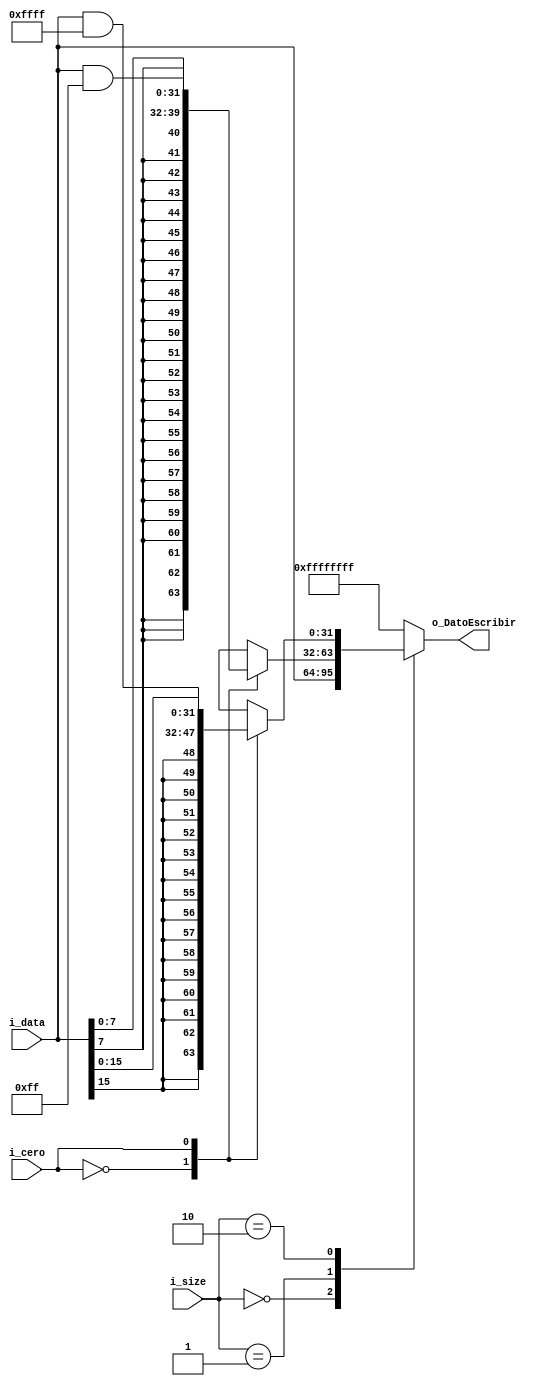
`timescale 1ns / 1ps


module Filtro_Load
    #(
        parameter   NBITS           =   32,
        parameter   HWORDBITS       =   16,
        parameter   BYTENBITS       =   8,
        parameter   TNBITS          =   2   
    )
    (
        input   wire    [NBITS-1    :0]     i_data,
        input   wire    [TNBITS-1   :0]     i_size,
        input   wire                        i_cero, //Zero_Extend es un flag para decir si es Unsigned
        output  wire    [NBITS-1    :0]     o_DatoEscribir            
    );
    
    reg [NBITS-1    :0] DatoEscribir           ;

    
    always @(*)
    begin : Tamano
            case(i_size)
                2'b00       :       
                                    DatoEscribir   <=   i_data;
                2'b01   :
                    case(i_cero)
                        1'b0:       DatoEscribir   <=   {{HWORDBITS+BYTENBITS{i_data[BYTENBITS-1]}}, i_data[BYTENBITS-1:0]};
                        1'b1:       DatoEscribir   <=   i_data & 32'b00000000_00000000_00000000_11111111;      
                    endcase
                2'b10    :
                    case(i_cero)
                        1'b0:       DatoEscribir   <=   {{HWORDBITS{i_data[HWORDBITS-1]}}, i_data[HWORDBITS-1:0]};
                        1'b1:       DatoEscribir   <=   i_data & 32'b00000000_00000000_11111111_11111111; 
                    endcase
                default     :   
                                    DatoEscribir   <=   -1;
            endcase
    end
    

    assign o_DatoEscribir =    DatoEscribir;


endmodule